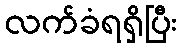
လက်ခံရရှိပြီး